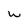
Character: w